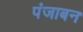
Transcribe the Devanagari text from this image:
पंजाबन